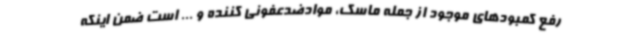
رفع کمبودهای موجود از جمله ماسک، موادضدعفونی کننده و ... است ضمن اینکه